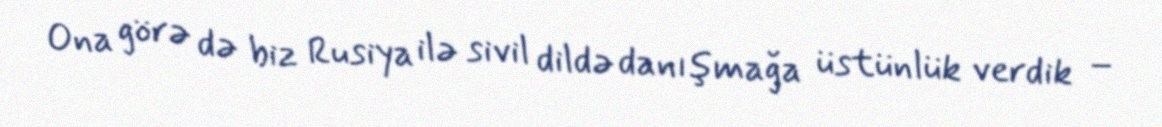
Ona görə də biz Rusiya ilə sivil dildə danışmağa üstünlük verdik –